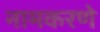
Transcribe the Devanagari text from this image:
नामकरणे